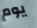
يوم